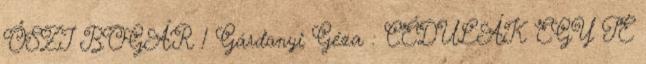
ŐSZI BOGÁR 1 Gárdonyi Géza : CÉDULÁK EGY TE